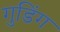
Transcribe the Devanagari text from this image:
गुडिंग